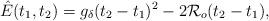
LaTeX: \begin{align*}\hat{E}(t_1,t_2)=g_\delta(t_2-t_1)^2-2\mathcal{R}_o(t_2-t_1),\end{align*}